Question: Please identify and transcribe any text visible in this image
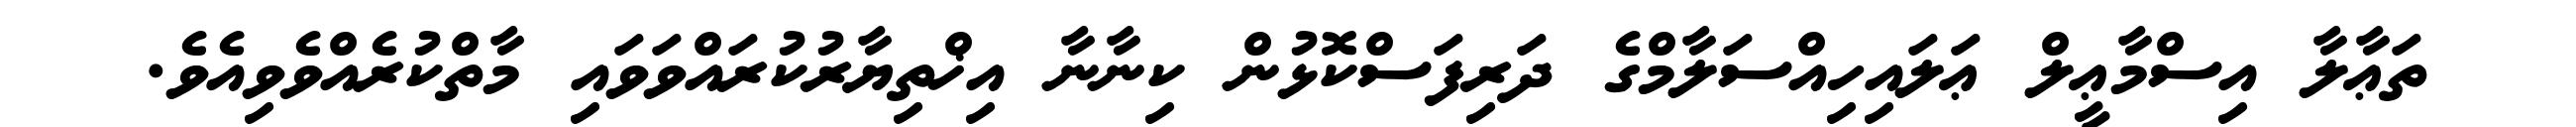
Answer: ތަޢާލާ އިސްމާޢީލް ޢަލައިހިއްސަލާމްގެ ދަރިފަސްކޮޅުން ކިނާނާ އިޚްތިޔާރުކުރައްވަވައި މާތްކުރެއްވެވިއެވެ.